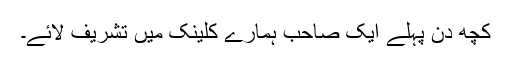
کچھ دن پہلے ایک صاحب ہمارے کلینک میں تشریف لائے۔